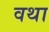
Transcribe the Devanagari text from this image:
वथा